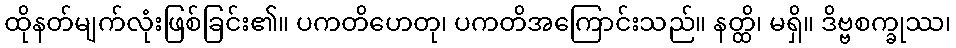
ထိုနတ်မျက်လုံးဖြစ်ခြင်း၏။ ပကတိဟေတု၊ ပကတိအကြောင်းသည်။ နတ္ထိ၊ မရှိ။ ဒိဗ္ဗစက္ခုဿ၊